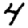
Digit: 4